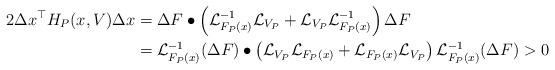
LaTeX: \begin{align*}2\Delta x^{\top}H_P(x,V)\Delta x&=\Delta F\bullet \left(\mathcal{L}_{F_P(x)}^{-1}\mathcal{L}_{{V}_P}+\mathcal{L}_{V_P}\mathcal{L}_{F_P(x)}^{-1}\right)\Delta F\\ &=\mathcal{L}_{F_P(x)}^{-1}(\Delta F)\bullet \left(\mathcal{L}_{V_P}\mathcal{L}_{F_P(x)}+\mathcal{L}_{F_P(x)}\mathcal{L}_{V_P}\right)\mathcal{L}_{F_P(x)}^{-1}(\Delta F)>0\end{align*}